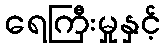
ရေကြီးမှုနှင့်